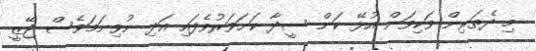
މި ދެތަރިން ވަކިވަން އުޅޭ ކަން ސީދާ ކަށަވަރުވެފައި އަދި ނުވިނަމަވެސް ޖޭޒީ